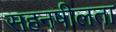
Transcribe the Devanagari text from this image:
सहनषीलता